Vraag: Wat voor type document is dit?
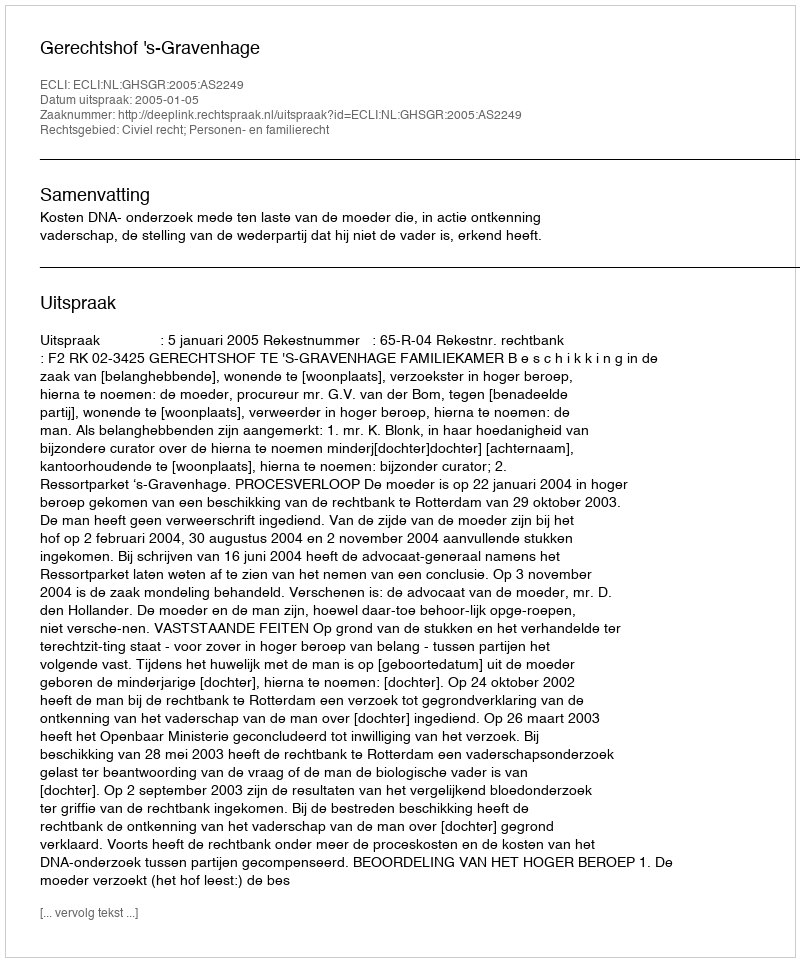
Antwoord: Uitspraak